Indian journal of veterinary science and animal husbandry - Volume 6,
Year: 1936
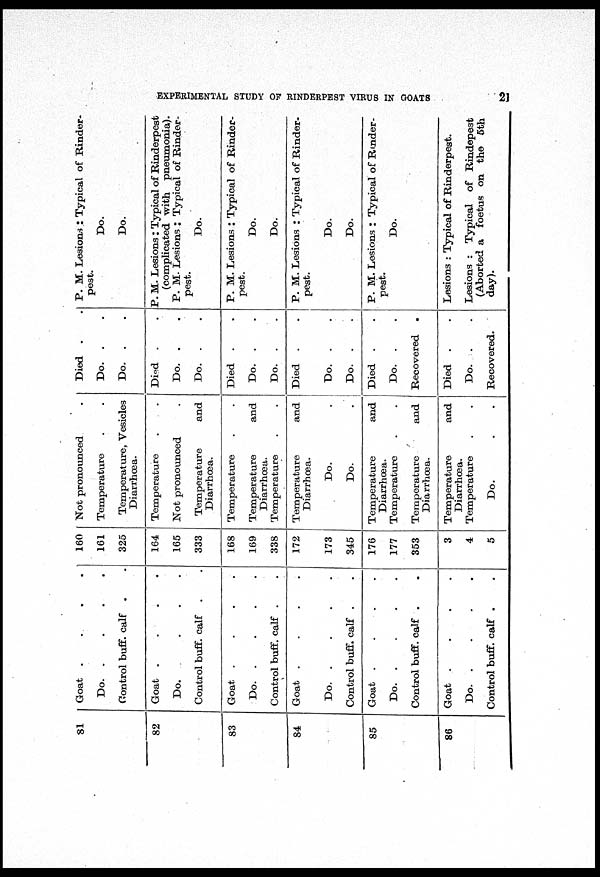
EXPERIMENTAL STUDY OF RINDERPEST VIRUS IN GOATS
21
81
82
83
84
85
86
Goat . . . .
Do.
.
.
.
.
Control buff. calf . .
Goat . . . .
Do.
.
.
.
Control buff. calf . .
Goat . . . .
Do.
.
.
.
.
Control buff. calf . .
Goat . . . .
Do.
.
.
.
.
Control buff. calf . .
Goat . . . .
Do.
.
.
.
.
Control buff. calf . .
Goat . . . .
Do.
.
.
.
.
Control buff. calf . .
160
161
325
164
165
333
168
169
338
172
173
345
176
177
353
3
4
5
Not pronounced .
Temperature
.
.
Temperature, Vesicles
Diarrhœa.
Temperature
.
.
Not pronounced .
Temperature and
Diarrhœa.
Temperature . .
Temperature and
Diarrhœa.
Temperature
.
.
Temperature and
Diarrhœa.
Do.
.
Do. .
Temperature and
Diarrhœa.
Temperature . .
Temperature and
Diarrhœa.
Temperature and
Diarrhœa.
Temperature . .
Do.
.
.
Died . .
Do. . .
Do. . .
Died . .
Do. .
.
Do. .
.
Died . .
Do. . .
Do. . .
Died . .
Do. . .
Do. . .
Died . .
Do. . .
Recovered .
Died . .
Do. .
.
Recovered.
P. M. Lesions : Typical of Rinder-
pest.
Do.
Do.
P. M. Lesions: Typical of Rinderpest
(complicated with pneumonia).
P. M. Lesions : Typical of Rinder-
pest.
Do.
P. M. Lesions : Typical of Rinder-
pest.
Do.
Do.
P. M. Lesions : Typical of Rinder-
pest.
Do.
Do.
P. M. Lesions : Typical of Rinder-
pest.
Do.
Lesions : Typical of Rinderpest.
Lesions : Typical of Rindepest
(Aborted a foetus on the 5th
day).